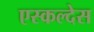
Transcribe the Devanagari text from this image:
एस्कल्देस